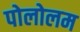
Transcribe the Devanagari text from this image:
पोलोलम